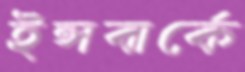
ইন্সবার্কে